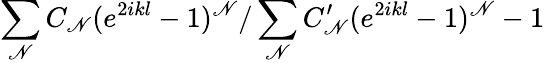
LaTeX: \sum_{\mathscr{N}}C_{\mathscr{N}}(e^{2ikl}-1)^{\mathscr{N}}/\sum_{\mathscr{N}}C_{\mathscr{N}}^{\prime}(e^{2ikl}-1)^{\mathscr{N}}-1